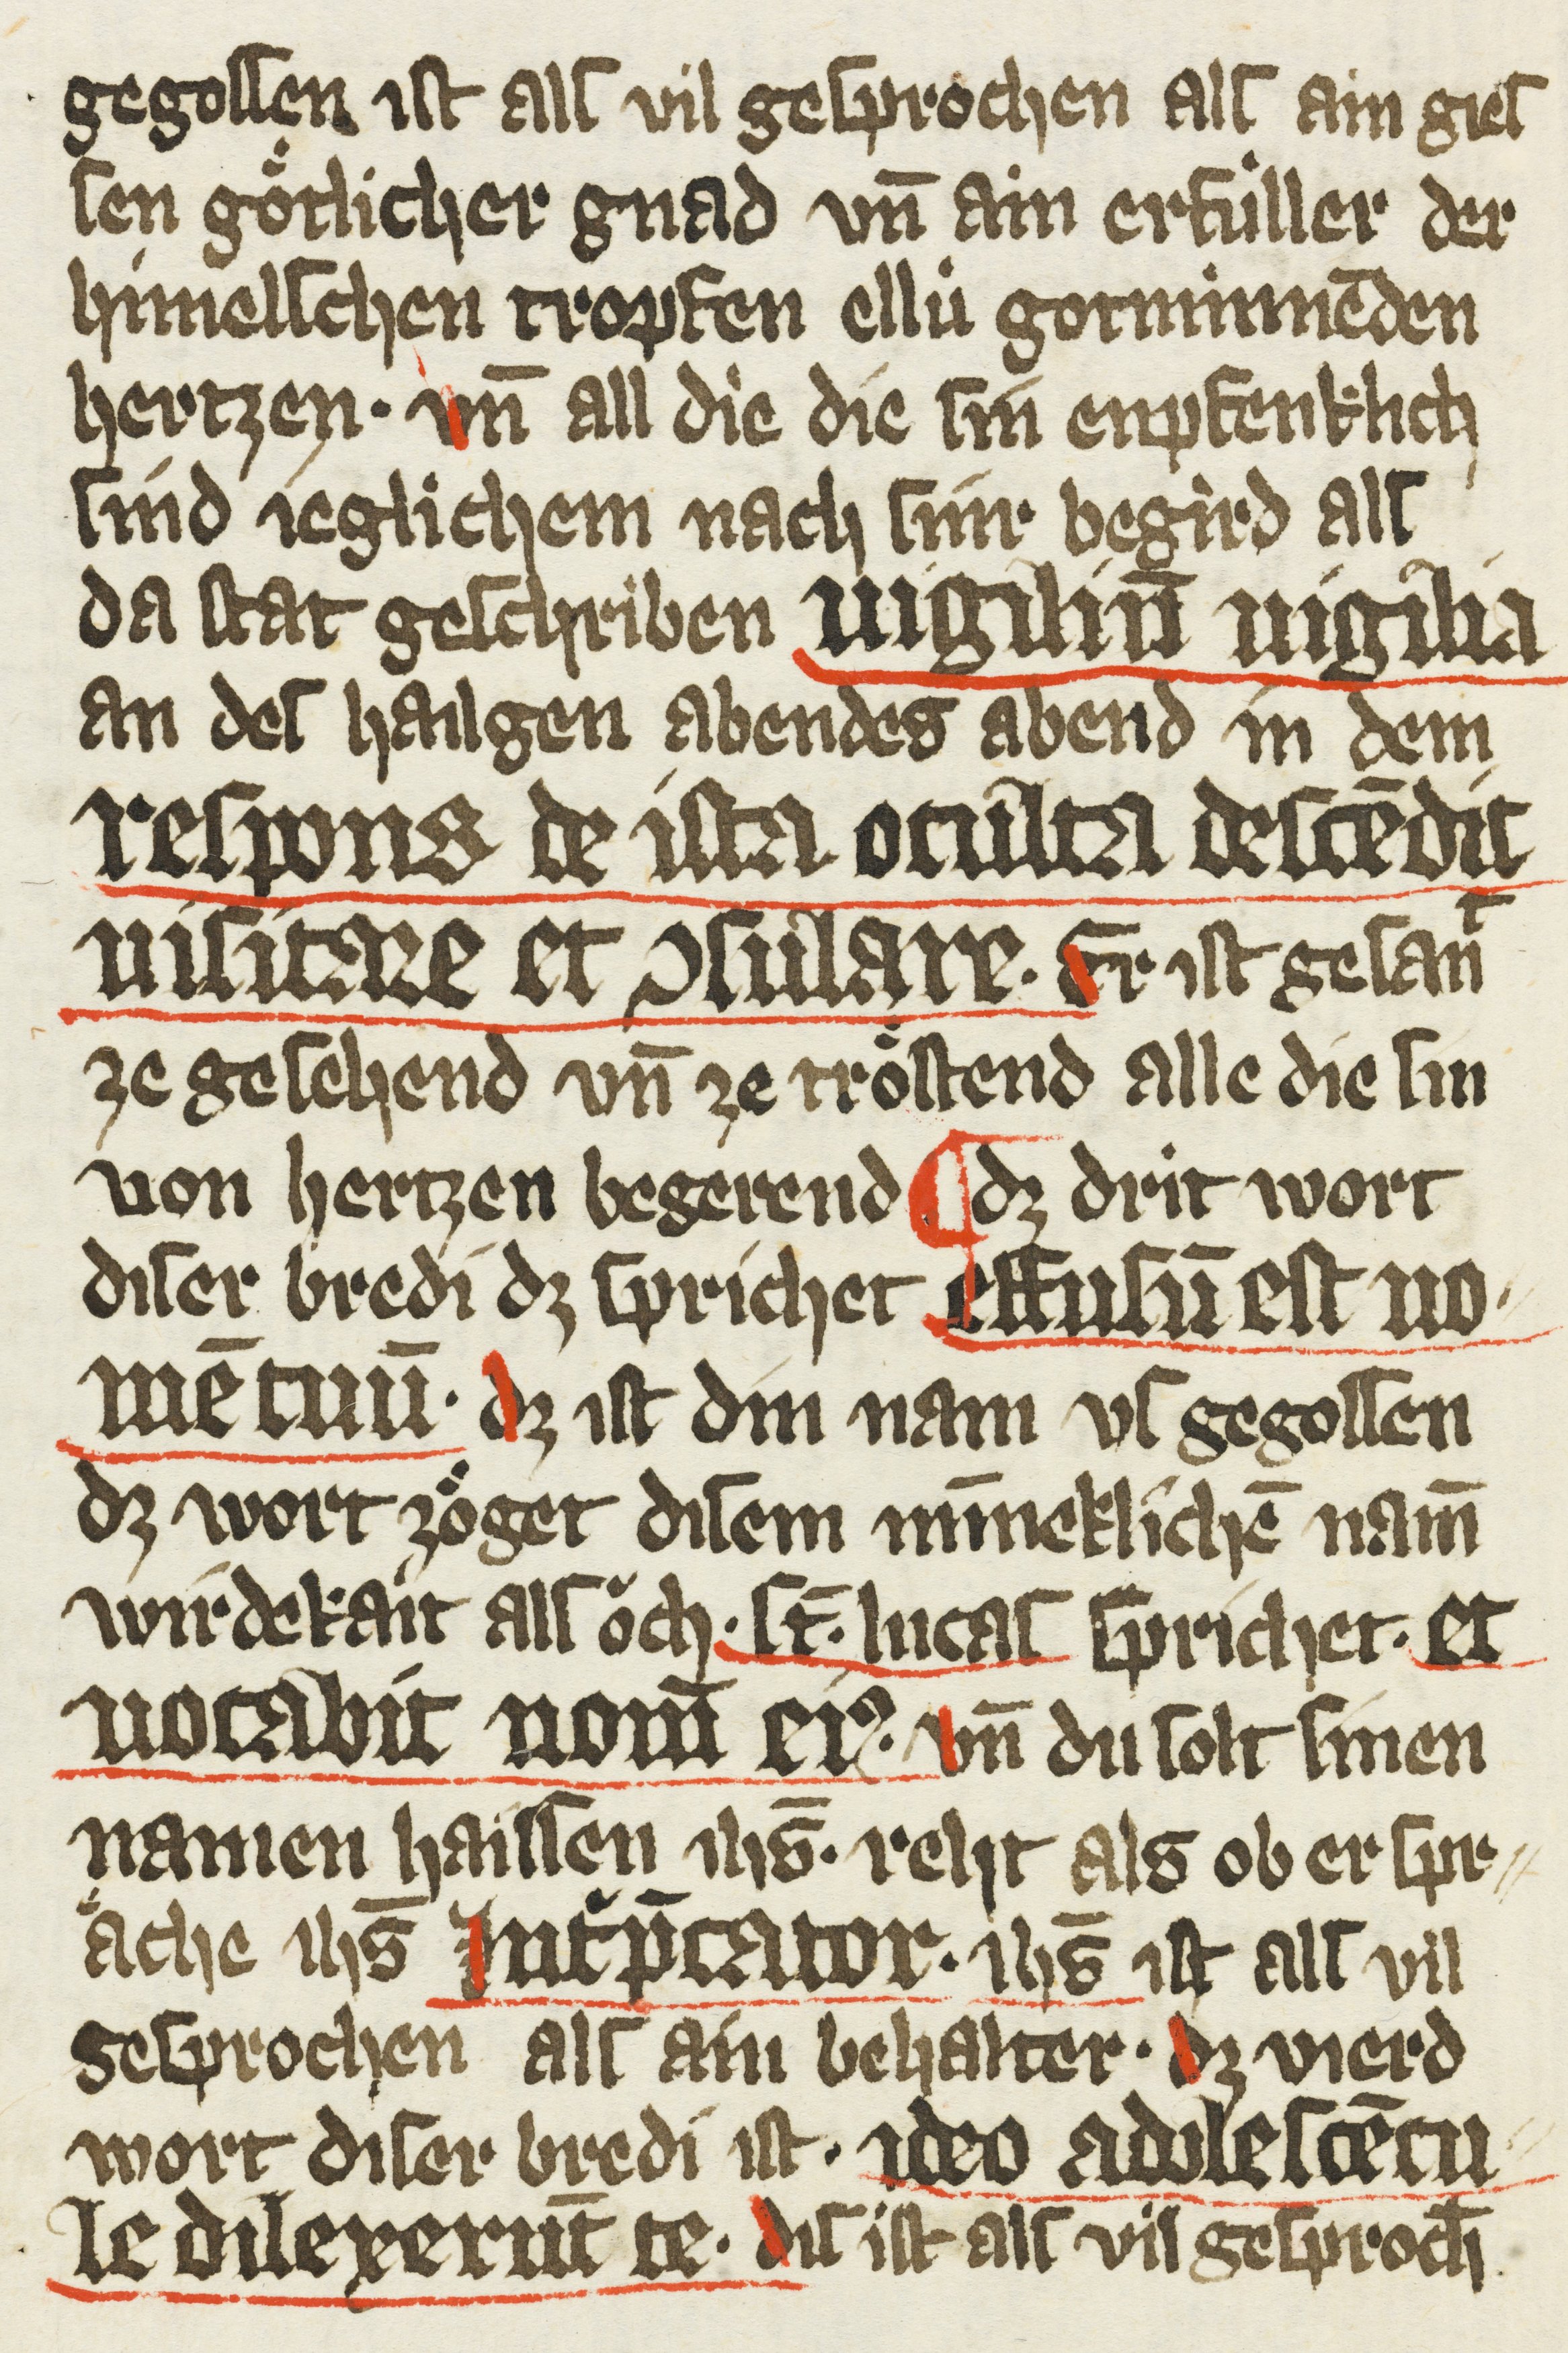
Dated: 1385–1415